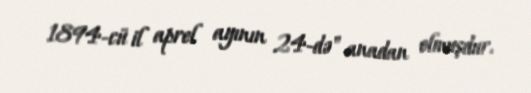
1894-cü il aprel ayının 24-də" anadan olmuşdur.